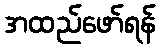
အထည်ဖော်ရန်